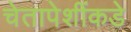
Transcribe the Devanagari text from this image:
चेतापेशींकडे